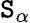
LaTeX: \mathtt{S}_{\alpha}